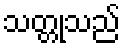
သတ္တုသည်